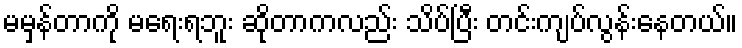
မမှန်တာကို မရေးရဘူး ဆိုတာကလည်း သိပ်ပြီး တင်းကျပ်လွန်းနေတယ်။